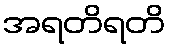
အရတိရတိ